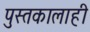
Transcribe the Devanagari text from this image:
पुस्तकालाही